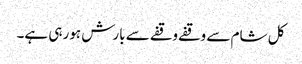
کل شام سے وقفے وقفے سے بارش ہورہی ہے۔